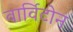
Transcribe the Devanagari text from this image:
वार्विटोन